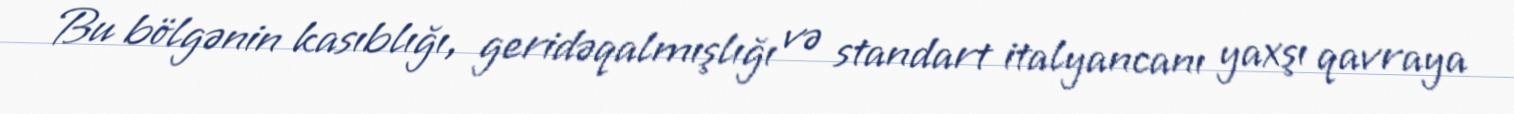
Bu bölgənin kasıblığı, geridəqalmışlığı və standart italyancanı yaxşı qavraya